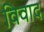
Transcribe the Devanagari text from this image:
विवाद